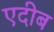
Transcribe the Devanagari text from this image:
एदीब